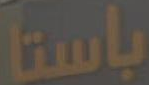
باستا